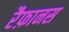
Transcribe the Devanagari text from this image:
रैफ़ानस